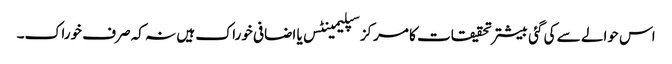
اس حوالے سے کی گئی بیشتر تحقیقات کا مرکز سپلیمینٹس یا اضافی خوراک ہیں نہ کہ صرف خوراک۔